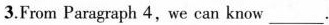
3.From Paragraph 4, we can know ___.